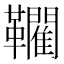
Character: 𲊡